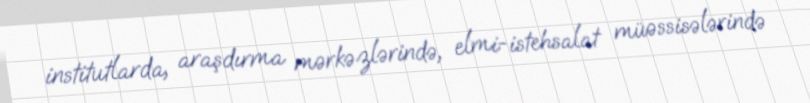
institutlarda, araşdırma mərkəzlərində, elmi-istehsalat müəssisələrində